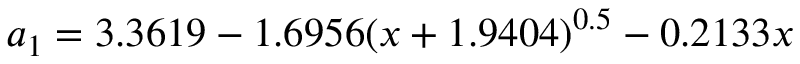
a _ { 1 } = 3 . 3 6 1 9 - 1 . 6 9 5 6 ( x + 1 . 9 4 0 4 ) ^ { 0 . 5 } - 0 . 2 1 3 3 x